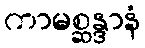
ကာမစ္ဆန္ဒာနံ